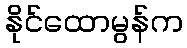
နိုင်ထောမွန်က